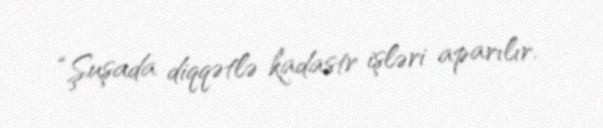
“Şuşada diqqətlə kadastr işləri aparılır.